Malaria in the Punjab - Number 46
Disease focus: Malaria
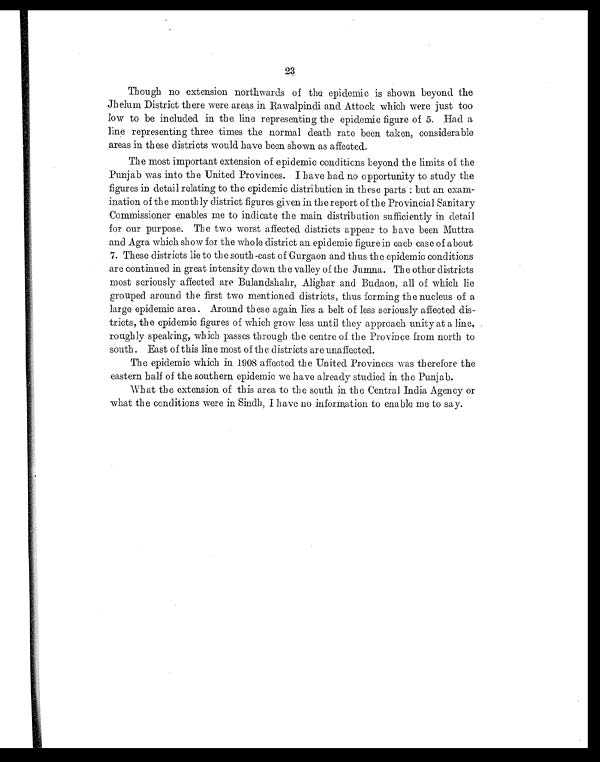
23
Though no extension northwards of the epidemic is shown beyond the
Jhelum District there were areas in Rawalpindi and Attock which were just too
low to be included in the line representing the epidemic figure of 5. Had a
line representing three times the normal death rate been taken, considerable
areas in these districts would have been shown as affected.
The most important extension of epidemic conditions beyond the limits of the
Punjab was into the United Provinces. I have had no opportunity to study the
figures in detail relating to the epidemic distribution in these parts : but an exam-
ination of the monthly district figures given in the report of the Provincial Sanitary
Commissioner enables me to indicate the main distribution sufficiently in detail
for our purpose. The two worst affected districts appear to have been Muttra
and Agra which show for the whole district an epidemic figure in each case of about
7. These districts lie to the south-east of Gurgaon and thus the epidemic conditions
are continued in great intensity down the valley of the Jumna. The other districts
most seriously affected are Bulandshahr, Alighar and Budaon, all of which lie
grouped around the first two mentioned districts, thus forming the nucleus of a
large epidemic area. Around these again lies a belt of less seriously affected dis-
tricts, the epidemic figures of which grow less until they approach unity at a line,
roughly speaking, which passes through the centre of the Province from north to
south. East of this line most of the districts are unaffected.
The epidemic which in 1908 affected the United Provinces was therefore the
eastern half of the southern epidemic we have already studied in the Punjab.
What the extension of this area to the south in the Central India Agency or
what the conditions were in Sindh, I have no information to enable me to say.